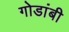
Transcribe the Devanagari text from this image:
गोडांबी